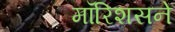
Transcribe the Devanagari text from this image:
मॉरिशसने